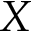
X